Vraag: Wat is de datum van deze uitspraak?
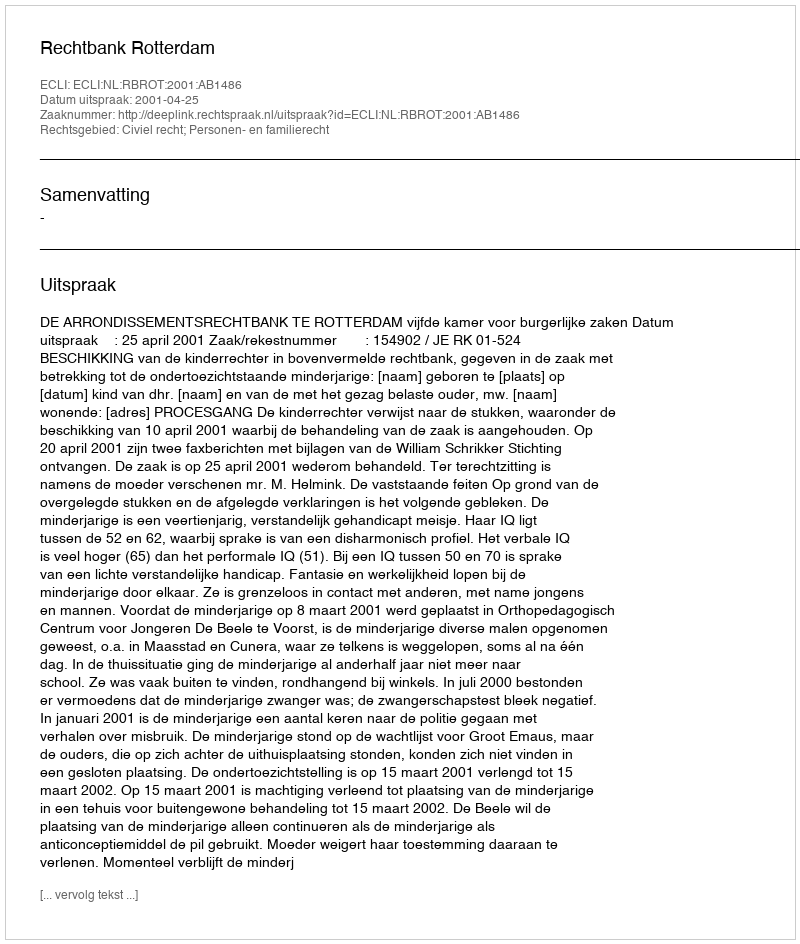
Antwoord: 2001-04-25